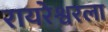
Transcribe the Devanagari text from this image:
रायरेश्वरला